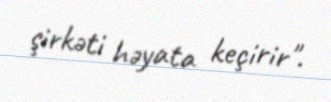
şirkəti həyata keçirir".